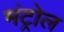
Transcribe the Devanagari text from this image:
मंट्रोल